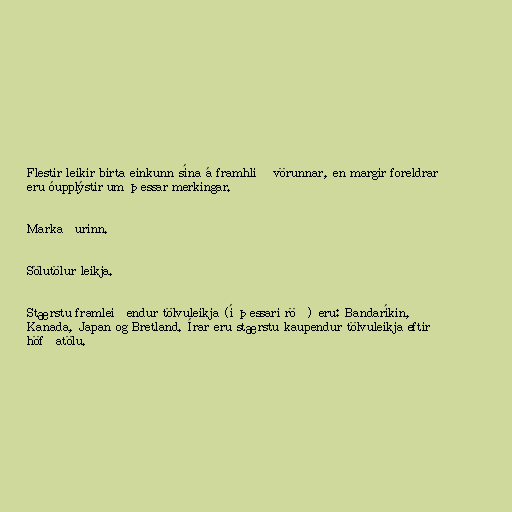
Flestir leikir birta einkunn sína á framhlið vörunnar, en margir foreldrar
eru óupplýstir um þessar merkingar.

Markaðurinn.

Sölutölur leikja.

Stærstu framleiðendur tölvuleikja (í þessari röð) eru: Bandaríkin,
Kanada, Japan og Bretland. Írar eru stærstu kaupendur tölvuleikja eftir
höfðatölu.